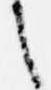
之